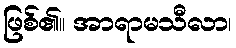
ဖြစ်၏။ အာရာမသီလာ၊